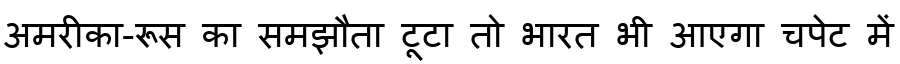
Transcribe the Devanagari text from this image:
अमरीका-रूस का समझौता टूटा तो भारत भी आएगा चपेट में